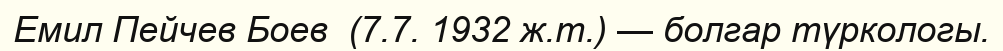
Емил Пейчев Боев  (7.7. 1932 ж.т.) — болгар түркологы.